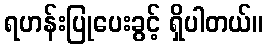
ရဟန်းပြုပေးခွင့် ရှိပါတယ်။